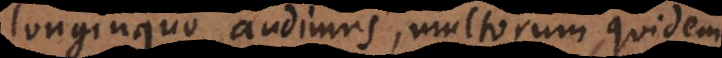
longinquo audimus, multorum quidem